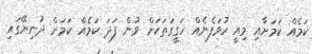
ކަމެއް ކަމަށާއި މިއީ ހުވަފެނެއް ހަގީގަތަކަށް ވުން ފަދަ ކަމެއް ކަމަށް ދުނިޔޭގައި